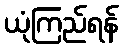
ယုံကြည်ရန်